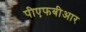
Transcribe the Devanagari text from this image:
पीएफबीआर